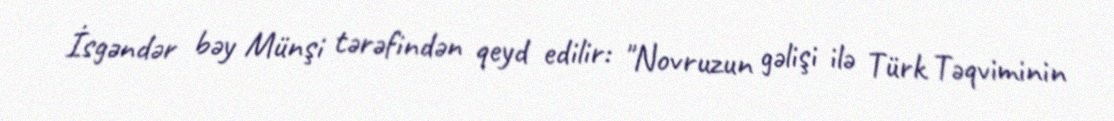
İsgəndər bəy Münşi tərəfindən qeyd edilir: "Novruzun gəlişi ilə Türk Təqviminin